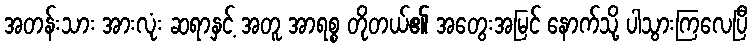
အတန်းသား အားလုံး ဆရာနှင့် အတူ အာရစ္စ တိုတယ်၏ အတွေးအမြင် နောက်သို့ ပါသွားကြလေပြီ